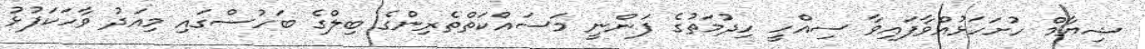
ޝިޔާމް ހުށަހަޅުއްވާފައިވާ ސިއްހީ ހިދުމަތުގެ ފަންނީ މަސައްކަތްތެރިންގެ ބިލްގެ ބަހުސްގައި މިއަދު ވާހަކަފުޅު